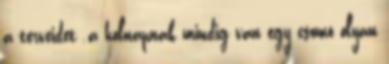
a terveidet .a holnapnak mindig van egy csomó olyan